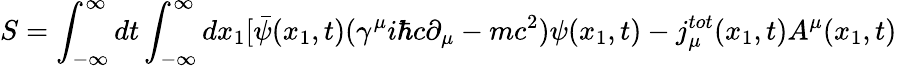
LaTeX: S=\int_{-\infty}^{\infty}dt\int_{-\infty}^{\infty}dx_{1}[\bar{\psi}(x_{1},t)({\gamma}^{\mu}i{\hbar}c{\partial}_{\mu}-mc^{2}){\psi}(x_{1},t)-j_{\mu}^{tot}(x_{1},t)A^{\mu}(x_{1},t)